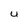
Character: U